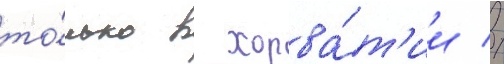
то́лько в хорва́т'ии //